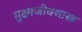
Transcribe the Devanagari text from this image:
सुक्ष्मजीवशास्त्र